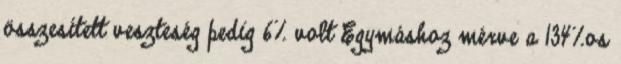
összesített veszteség pedig 6% volt Egymáshoz mérve a 134%os